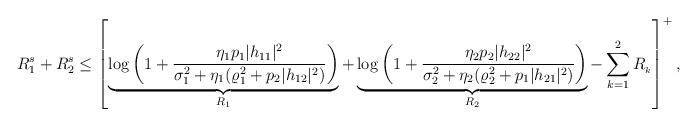
LaTeX: \begin{align*}R^s_1+R^s_2&\leq \left[\underbrace{\log\bigg(1+\frac{\eta_1 p_1|h_{11}|^{2}}{\sigma^{2}_1+\eta_1(\varrho^{2}_1+p_2|h_{12}|^{2})} \bigg)}_{R_1} + \underbrace{\log\bigg(1+\frac{\eta_2 p_2|h_{22}|^{2}}{\sigma^{2}_2+\eta_2(\varrho^{2}_2+p_1|h_{21}|^{2})} \bigg)}_{R_2}-\sum_{k=1}^{2}R_{_k}\right]^{+},\end{align*}